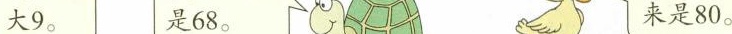
大9。 是68。来是80。